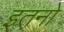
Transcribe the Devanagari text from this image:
इतनो